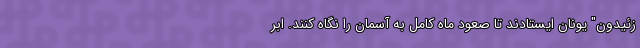
زئیدون" یونان ایستادند تا صعود ماه کامل به آسمان را نگاه کنند. ابر